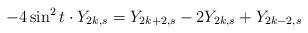
LaTeX: \begin{align*}-4\sin ^{2}t\cdot Y_{2k,s}=Y_{2k+2,s}-2Y_{2k,s}+Y_{2k-2,s}\end{align*}